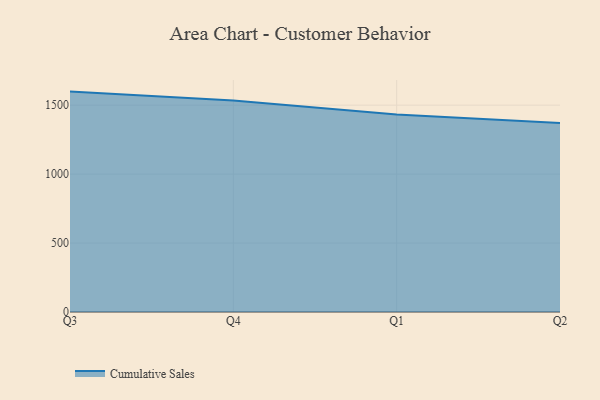
{"axis": {"x": "Quarter", "y": "Budget (USD K)"}, "legend": ["Cumulative Sales"], "data": [{"x": "Q3", "y": 1598.4, "type": "Cumulative Sales"}, {"x": "Q4", "y": 1534.2, "type": "Cumulative Sales"}, {"x": "Q1", "y": 1432.5, "type": "Cumulative Sales"}, {"x": "Q2", "y": 1371.2, "type": "Cumulative Sales"}]}